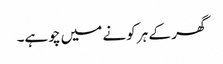
گھر کے ہر کونے میں چوہے۔